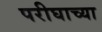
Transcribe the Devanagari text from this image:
परीघाच्या